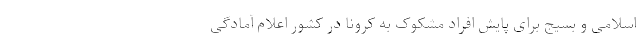
اسلامی و بسیج برای پایش افراد مشکوک به کرونا در کشور اعلام آمادگی